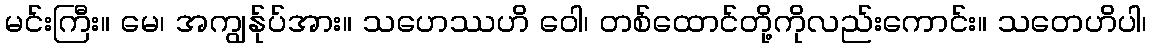
မင်းကြီး။ မေ၊ အကျွန်ုပ်အား။ သဟေဿဟိ ဝေါ၊ တစ်ထောင်တို့ကိုလည်းကောင်း။ သတေဟိပါ၊